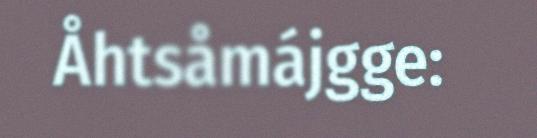
Åhtsåmájgge: